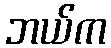
ဘယ်က